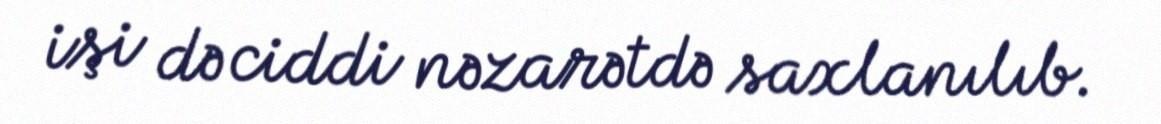
işi də ciddi nəzarətdə saxlanılıb.